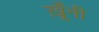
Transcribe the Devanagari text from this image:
ख़ूँनी